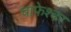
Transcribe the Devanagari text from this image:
चाफेश्वर